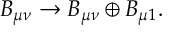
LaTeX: B _ { \mu \nu } \to B _ { \mu \nu } \oplus B _ { \mu 1 } .